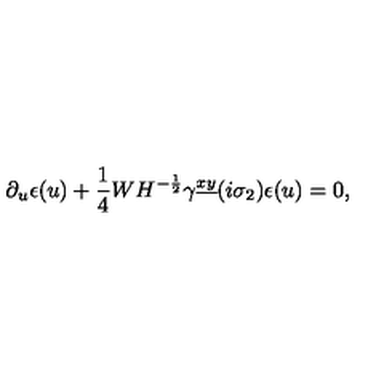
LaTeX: \partial _ { u } \epsilon ( u ) + { \frac { 1 } { 4 } } W H ^ { - { \frac { 1 } { 2 } } } \gamma ^ { \underline { { x y } } } ( i \sigma _ { 2 } ) \epsilon ( u ) = 0 ,